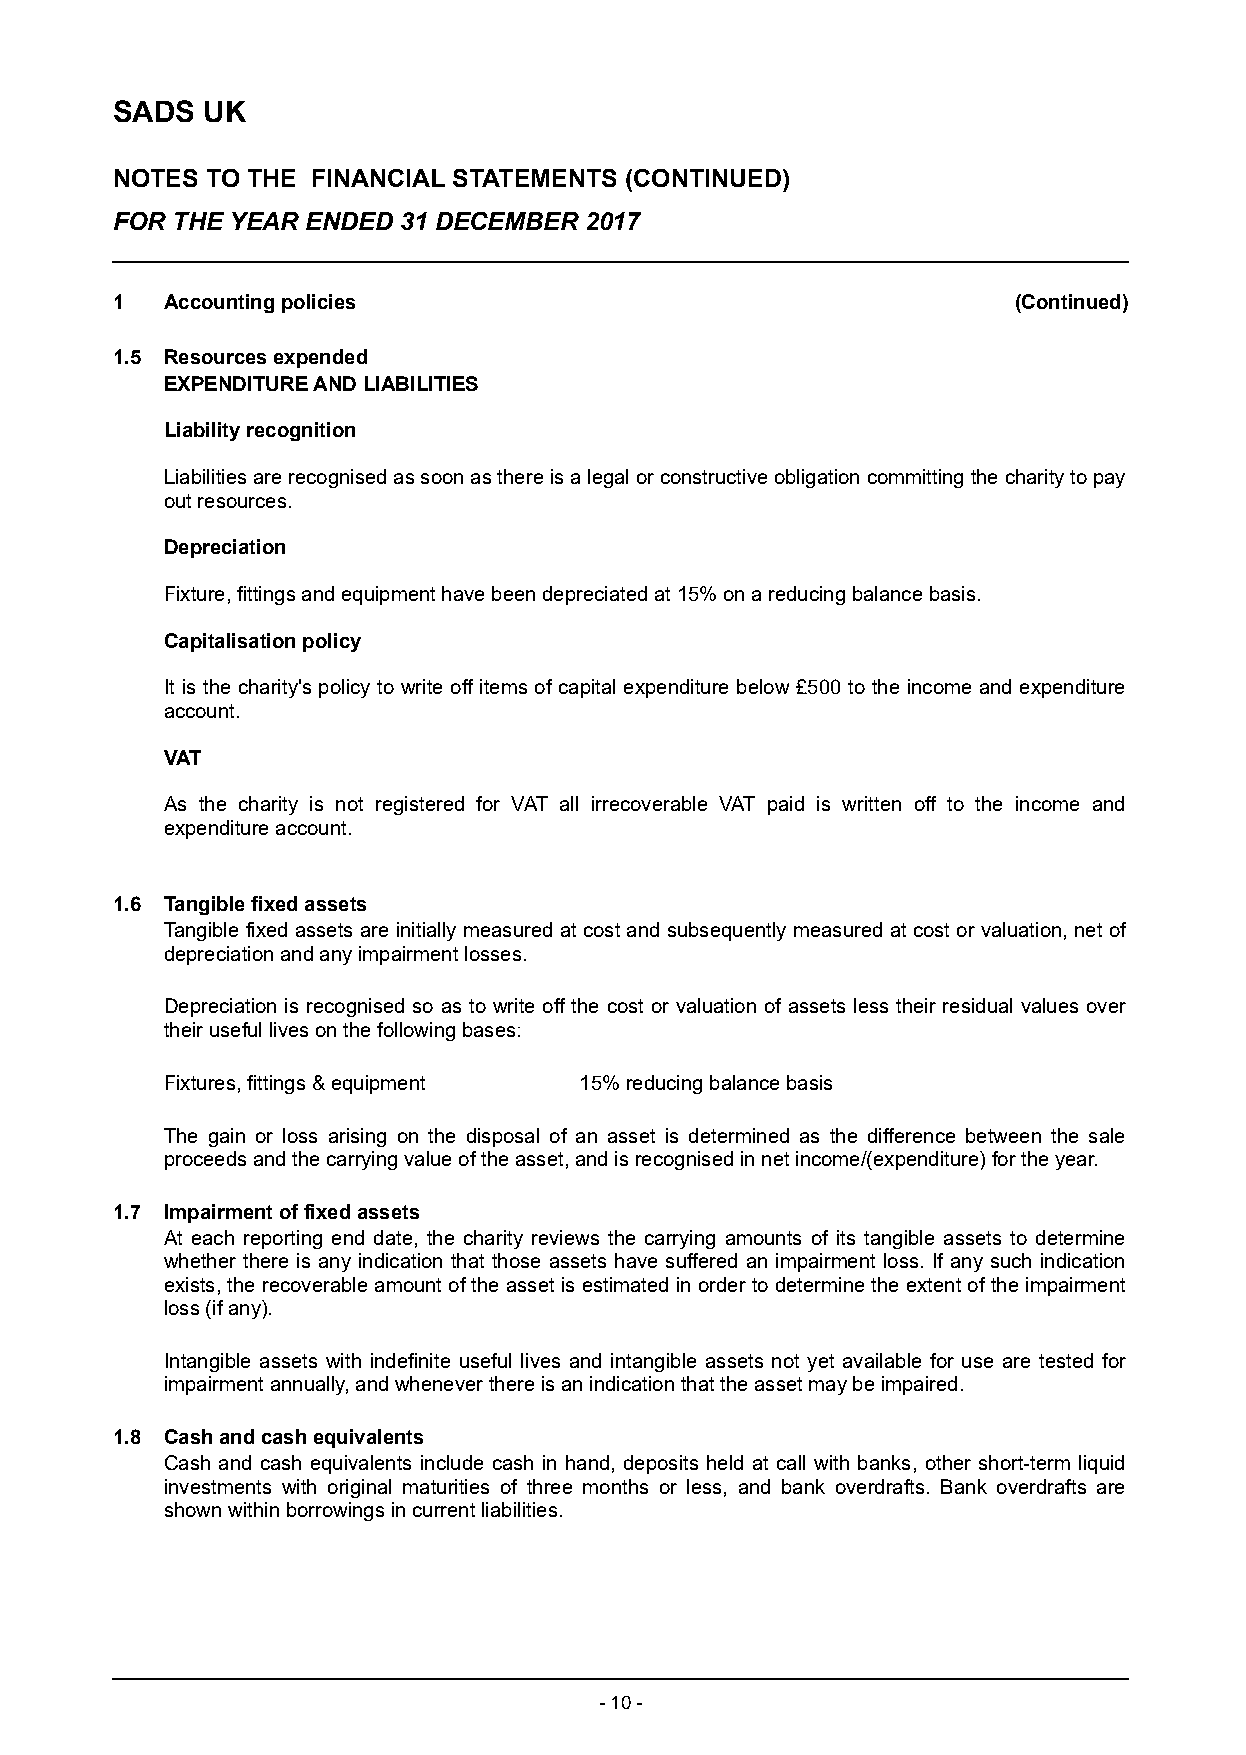
SADS  UK
 NOTES  TO THE FINANCIAL STATEMENTS (CONTINUED)
 FOR THE YEAR ENDED 31 DECEMBER  2017
 1   Accounting policies                                     (Continued)
 1.5 Resources expended
 EXPENDITURE AND LIABILITIES
 Liability recognition
 Liabilities are recognised as soon as there is a legal or constructive obligation committing the charity to pay
 out resources.
 Depreciation
 Fixture, fittings and equipment have been depreciated at 15% on a reducing balance basis.
 Capitalisation policy
 It is the charity's policy to write off items of capital expenditure below £500 to the income and expenditure
 account.
 VAT
 As the charity is not registered for VAT all irrecoverable VAT paid is written off to the income and
 expenditure account.
 1.6 Tangible fixed assets
 Tangible fixed assets a re initially measured at cost and subsequently measured at cost or valuation, net of
 depreciation and any impairment losses.
 Depreciation is recognised so as to write off the cost or valuation of assets less their residual values over
 their useful lives on the following bases:
 Fixtures, fittings & equipment 15% reducing balance basis
 The gain or loss arising on the disposal of an asset is determined as the difference between the sale
 proceeds and the carrying value of the asset, and is recognised in n et income/(expenditure) for the year.
 1.7 Impairment of fixed assets
 At each reporting end date, the charity reviews the carrying amounts of its tangible assets to determine
 whether there is any indication that those assets have suffered an impairment loss. If any such indication
 exists, the recoverable amount of the asset is estimated in order to determine the extent of the impairment
 loss (if any) .
 Intangible assets with indefinite useful lives and intangible assets not yet available for use are tested for
 impairment annually, and whenever there is an indication that the asset may be impaired.
 1.8 Cash and cash equivalents
 Cash and cash equivalents include cash in hand, deposits held at call with banks, other short-term liquid
 investments with original maturities of three months or less, and bank overdrafts. Bank overdrafts are
 shown within borrowings in current liabilities.
 - 10 -